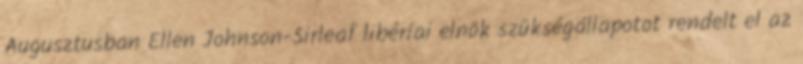
Augusztusban Ellen Johnson-Sirleaf libériai elnök szükségállapotot rendelt el az